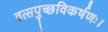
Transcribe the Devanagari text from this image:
वत्सपुच्छविकर्षणः।